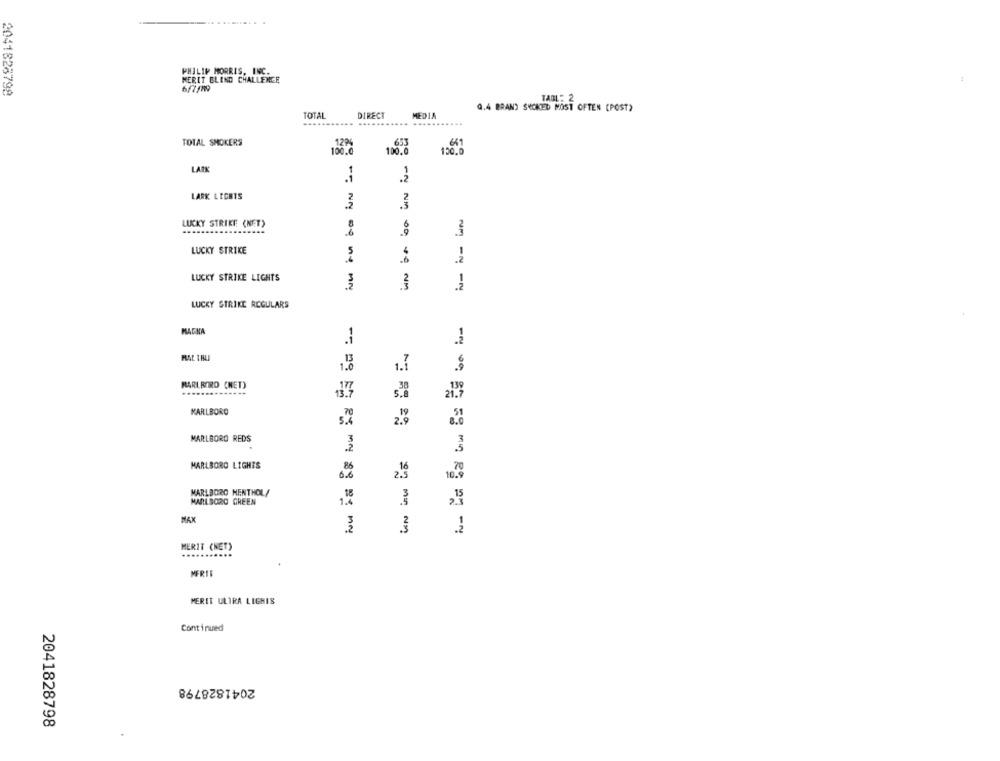
PHILIP MORRIS, INC.
MERIT GLEND CHALLENGE
2041828798
TABLE 2
Q.4 BRAN) SKOKED MOST OFTEN (POST)
TOTAL
DIRECT
MEDIA
TOTAL SMOKERS
12P
653
641
100.0
100.0
130.0
LARK
.2
LARK LICHTS
2
3
.3
LUCKY STRIKE (NET)
8
00
LUCKY STRIKE
4
NM -N
LUCKY STRIKE LIGHTS
- Ny og ne My
-4
LUCKY STRIKE REGULARS
MAGNA
.2
13
1.7
1.0
MARLBORO (NET)
21.7
KARLBORO
MARLBORO REDS
MARLBORO LIGHTS
08
10.
MARLBORO MENTHOL/
18
MARLBORO GREEN
1.4
3
MAX
MERIT (NET)
...........
MFREE
MERIT ULTRA LIGHIS
Continued
2041828798
2041828798